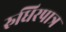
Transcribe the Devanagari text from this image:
रुधिरपात्र